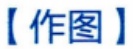
【作图】